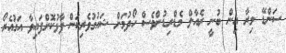
ސަންޑޭ މިރާ އިން ބުނީ ރެއާލް މެޑްރިޑުންވެސް ހޯދުމަށް ޝައުގުވެރިކަން ފާޅުކޮށްފައިވާ އަގުއެރޯ